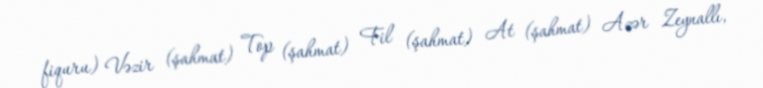
fiquru) Vəzir (şahmat) Top (şahmat) Fil (şahmat) At (şahmat) Azər Zeynallı,